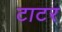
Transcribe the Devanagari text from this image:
टाटर